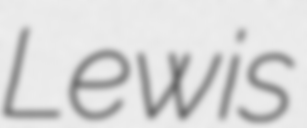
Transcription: Lewis